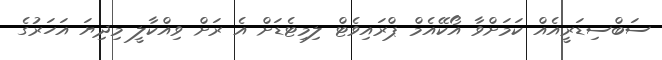
ސަބްސިޑަރީއެއް ކަމަށްވާ އޯކޭއެމް ޕްރައިވެޓް ލިމިޓެޑަށް އެ ރަށް ވިއްކާލީ މިދިޔަ އަހަރުގެ